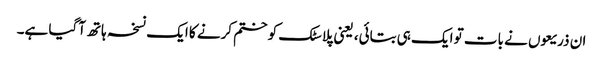
ان ذریعوں نے بات تو ایک ہی بتائی، یعنی پلاسٹک کو ختم کرنے کا ایک نسخہ ہاتھ آگیا ہے۔